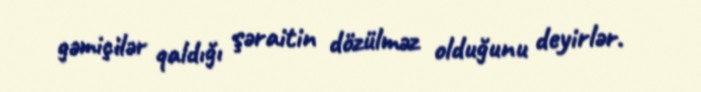
gəmiçilər qaldığı şəraitin dözülməz olduğunu deyirlər.